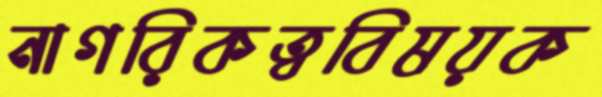
নাগরিকত্ববিষয়ক